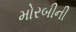
મોરબીની